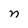
Character: n